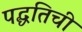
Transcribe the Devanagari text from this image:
पद्धतिची